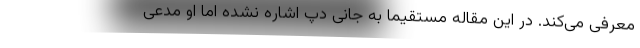
معرفی می‌کند. در این مقاله مستقیماً به جانی دپ اشاره نشده اما او مدعی